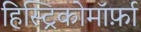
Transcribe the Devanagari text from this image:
हिस्ट्रिकोमॉर्फ़ा